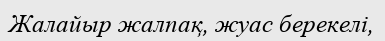
Жалайыр жалпақ, жуас берекелі,